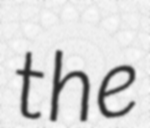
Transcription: the